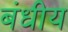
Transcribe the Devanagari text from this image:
बंधीय